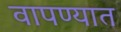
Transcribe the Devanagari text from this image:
वापण्यात